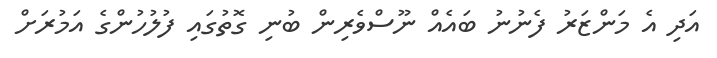
އަދި އެ މަންޒަރު ފެނުނު ބައެއް ނޫސްވެރިން ބުނި ގޮތުގައި ފުލުހުންގެ އަމުރަށް